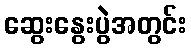
ဆွေးနွေးပွဲအတွင်း